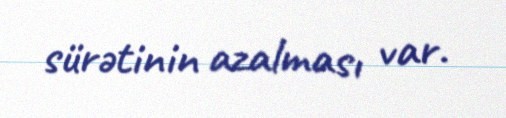
sürətinin azalması var.